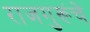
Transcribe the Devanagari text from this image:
राजगुरूंचे